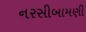
નરસીબામણી